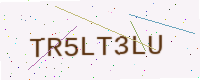
Text: TR5LT3LU